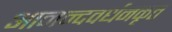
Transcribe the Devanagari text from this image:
आनन्दवर्धनकृत